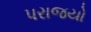
પરાજયો